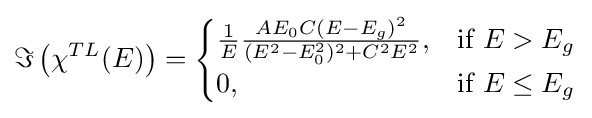
\Im \left(\chi ^{TL}(E)\right)={\begin{cases}{\frac {1}{E}}{\frac {AE_{0}C(E-E_{g})^{2}}{(E^{2}-E_{0}^{2})^{2}+C^{2}E^{2}}},&{\text{if }}E>E_{g}\\0,&{\text{if }}E\leq E_{g}\end{cases}}